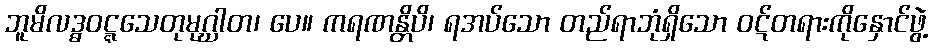
ဘူမိလဒ္ဓဝဋ္ဋသေတုမုဂ္ဃါတ၊ ပေ။ ကရဏန္တိပိ၊ ရအပ်သော တည်ရာဘုံရှိသော ဝဋ်တရားကိုနှောင်ဖွဲ့